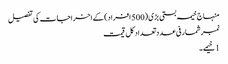
منہاج خیمہ بستی بڑی (500 افراد) کے اخراجات کی تفصیل
نمبرشمار فی عدد تعداد کل قیمت
1 خیمے ۔